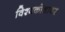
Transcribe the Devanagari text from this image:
विश्वकोशावर